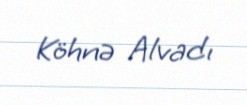
Köhnə Alvadı